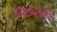
ઉછરતા